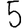
Digit: 5